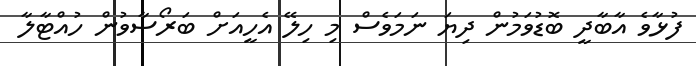
ފުޅާވެ އާބާދީ ބޮޑުވަމުން ދިޔަ ނަމަވެސް މި ހިލޭ އެހީއަށް ބަރޯސާވުން ހުއްޓާލާ